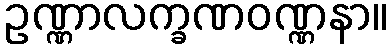
ဥဏ္ဏာလက္ခဏဝဏ္ဏနာ။